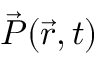
\vec { P } ( \Vec { r } , t )